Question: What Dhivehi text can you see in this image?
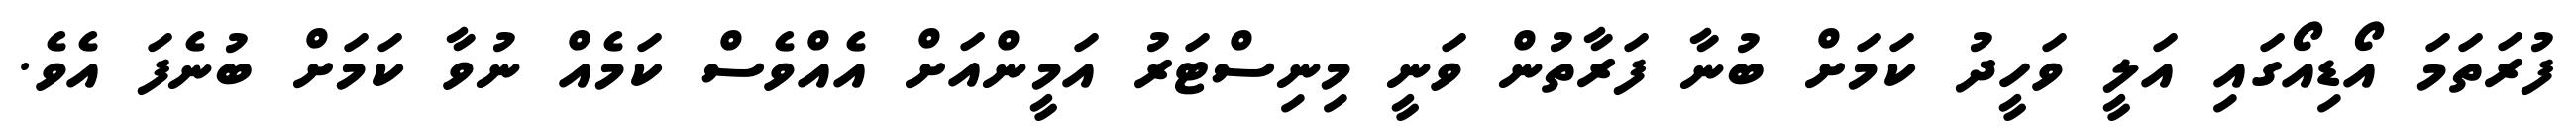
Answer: ފުރަތަމަ އޯޑިއޯގައި އަލީ ވަހީދު ކަމަށް ބުނާ ފަރާތުން ވަނީ މިނިސްޓަރު އަމީންއަށް އެއްވެސް ކަމެއް ނުވާ ކަމަށް ބުނެފަ އެވެ.